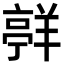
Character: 𮊯